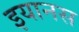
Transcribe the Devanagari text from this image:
इयानस